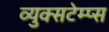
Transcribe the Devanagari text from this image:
व्युक्सटेम्प्स